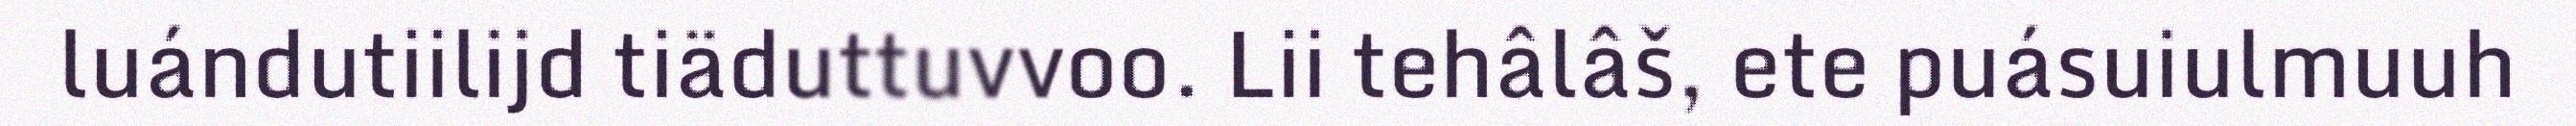
luándutiilijd tiäduttuvvoo. Lii tehâlâš, ete puásuiulmuuh